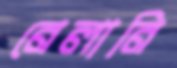
নেলানি